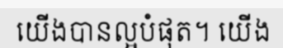
យើងបានល្អបំផុត។ យើង